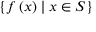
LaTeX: \left\{ f \left( x \right) \mid x \in S \right\}